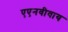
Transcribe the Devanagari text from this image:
एएनवीवाय